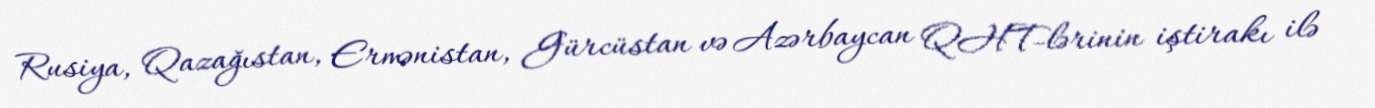
Rusiya, Qazağıstan, Ermənistan, Gürcüstan və Azərbaycan QHT-lərinin iştirakı ilə